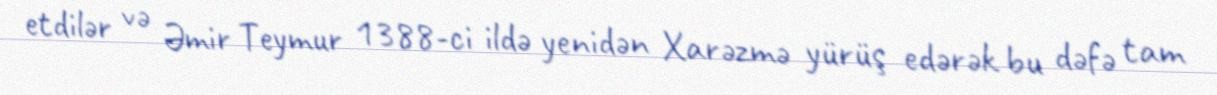
etdilər və Əmir Teymur 1388-ci ildə yenidən Xarəzmə yürüş edərək bu dəfə tam